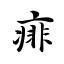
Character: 痱